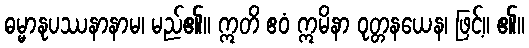
ဓမ္မာနုပဿနာနာမ၊ မည်၏။ ဣတိ ဧဝံ ဣမိနာ ဝုတ္တနယေန၊ ဖြင့်။ ၏။